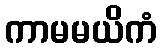
ကာမမယိကံ